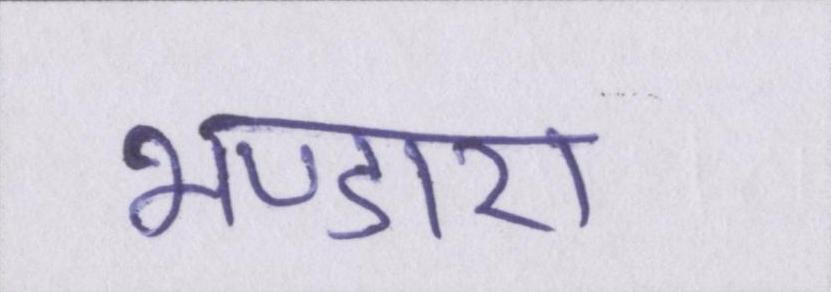
भण्डारा